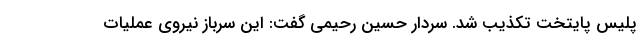
پلیس پایتخت تکذیب شد. سردار حسین رحیمی گفت: این سرباز نیروی عملیات